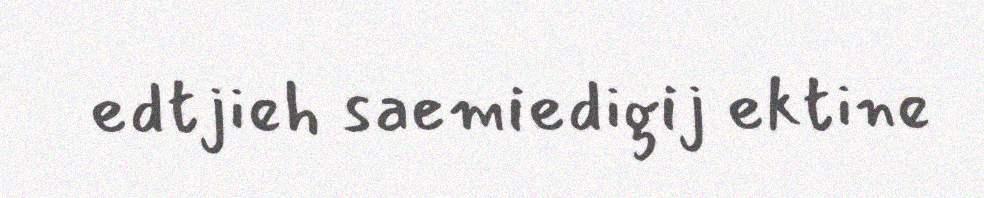
edtjieh saemiedigij ektine